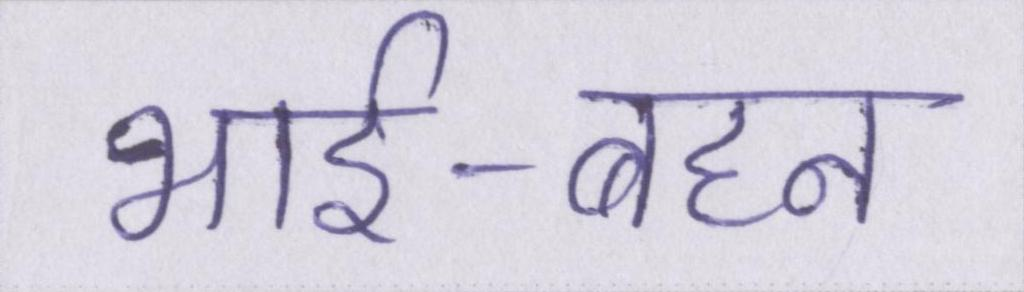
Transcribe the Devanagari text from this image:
भाई-बहन